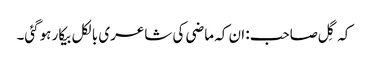
کہ گِل صاحب: ان کہ ماضی کی شاعری بالکل بیکار ہوگئی۔